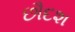
છૌદશ